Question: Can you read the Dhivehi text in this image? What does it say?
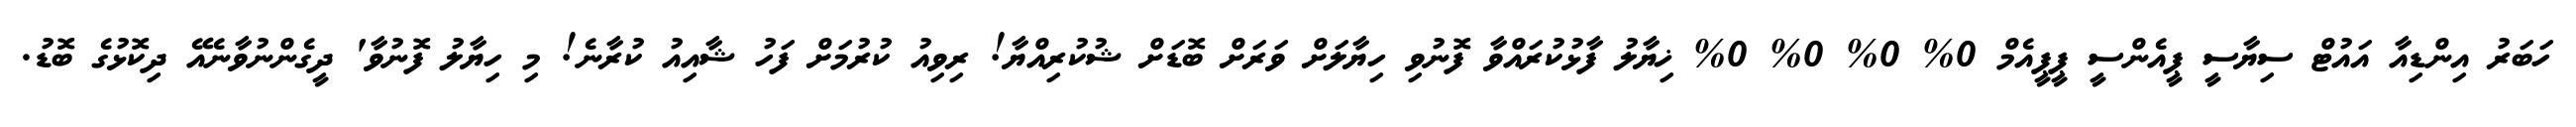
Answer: ހަބަރު އިންޑިއާ އައުޓް ސިޔާސީ ޕީއެންސީ ޕީޕީއެމް 0% 0% 0% 0% ޚިޔާލު ފާޅުކުރައްވާ ފޮނުވި ހިޔާލަށް ވަރަށް ބޮޑަށް ޝުކުރިއްޔާ! ރިވިއު ކުރުމަށް ފަހު ޝާއިއު ކުރާނެ! މި ހިޔާލު ފޮނުވާ' ދީގެންނުވާނެއޭ ދިކޮޅުގެ ބޮޑު.